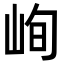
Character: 峋